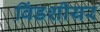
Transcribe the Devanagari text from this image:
विंडशीयर